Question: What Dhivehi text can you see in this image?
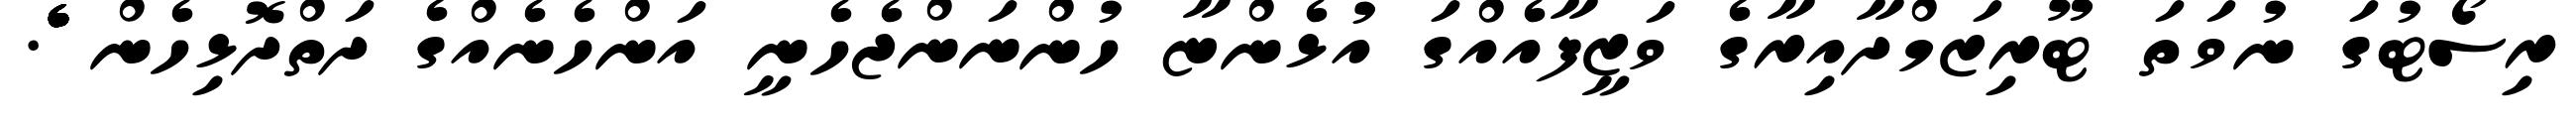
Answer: ރިސޯޓުގަ ނުވަތަ ޓޫރިޒަމްދާއިރާގެ ވަޒީފާއެއްގަ އުޅެންޏާ ހުންނަންޖެހެނީ އަންހެނެއްގެ ދަތްދޮޅިހެން ެެެެެެެެެެެެެެެެެ.